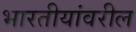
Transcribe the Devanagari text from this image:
भारतीयांवरील